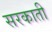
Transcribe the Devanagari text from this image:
सरकाती